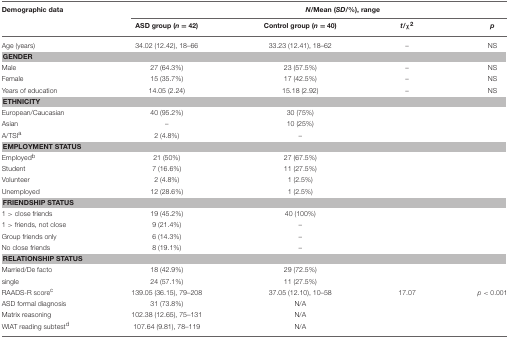
<table><thead><tr><td><b>Demographic data</b></td><td colspan="4"><b><i>N</i>/Mean (<i>SD</i>/%), range</b></td></tr><tr><td></td><td><b>ASD group (<i>n</i> = 42)</b></td><td><b>Control group (<i>n</i> = 40)</b></td><td><b><i>t</i>/χ<sup>2</sup></b></td><td><b><i>p</i></b></td></tr></thead><tbody><tr><td>Age (years)</td><td>34.02 (12.42), 18–66</td><td>33.23 (12.41), 18–62</td><td>–</td><td>NS</td></tr><tr><td colspan="5"><b>GENDER</b></td></tr><tr><td>Male</td><td>27 (64.3%)</td><td>23 (57.5%)</td><td>–</td><td>NS</td></tr><tr><td>Female</td><td>15 (35.7%)</td><td>17 (42.5%)</td><td>–</td><td>NS</td></tr><tr><td>Years of education</td><td>14.05 (2.24)</td><td>15.18 (2.92)</td><td>–</td><td>NS</td></tr><tr><td colspan="5"><b>ETHNICITY</b></td></tr><tr><td>European/Caucasian</td><td>40 (95.2%)</td><td>30 (75%)</td><td></td><td></td></tr><tr><td>Asian</td><td>–</td><td>10 (25%)</td><td></td><td></td></tr><tr><td>A/TSI<sup>a</sup></td><td>2 (4.8%)</td><td>–</td><td></td><td></td></tr><tr><td colspan="5"><b>EMPLOYMENT STATUS</b></td></tr><tr><td>Employed<sup>b</sup></td><td>21 (50%)</td><td>27 (67.5%)</td><td></td><td></td></tr><tr><td>Student</td><td>7 (16.6%)</td><td>11 (27.5%)</td><td></td><td></td></tr><tr><td>Volunteer</td><td>2 (4.8%)</td><td>1 (2.5%)</td><td></td><td></td></tr><tr><td>Unemployed</td><td>12 (28.6%)</td><td>1 (2.5%)</td><td></td><td></td></tr><tr><td colspan="5"><b>FRIENDSHIP STATUS</b></td></tr><tr><td>1 &gt; close friends</td><td>19 (45.2%)</td><td>40 (100%)</td><td></td><td></td></tr><tr><td>1 &gt; friends, not close</td><td>9 (21.4%)</td><td>–</td><td></td><td></td></tr><tr><td>Group friends only</td><td>6 (14.3%)</td><td>–</td><td></td><td></td></tr><tr><td>No close friends</td><td>8 (19.1%)</td><td>–</td><td></td><td></td></tr><tr><td colspan="5"><b>RELATIONSHIP STATUS</b></td></tr><tr><td>Married/De facto</td><td>18 (42.9%)</td><td>29 (72.5%)</td><td></td><td></td></tr><tr><td>single</td><td>24 (57.1%)</td><td>11 (27.5%)</td><td></td><td></td></tr><tr><td>RAADS-R score<sup>c</sup></td><td>139.05 (36.15), 79–208</td><td>37.05 (12.10), 10–58</td><td>17.07</td><td><i>p</i> &lt; 0.001</td></tr><tr><td>ASD formal diagnosis</td><td>31 (73.8%)</td><td>N/A</td><td></td><td></td></tr><tr><td>Matrix reasoning</td><td>102.38 (12.65), 75–131</td><td>N/A</td><td></td><td></td></tr><tr><td>WIAT reading subtest<sup>d</sup></td><td>107.64 (9.81), 78–119</td><td>N/A</td><td></td><td></td></tr></tbody></table>